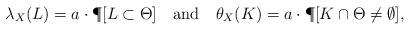
\begin{align*} \lambda_X(L) = a\cdot \P[ L \subset \Theta]\ \ \mbox{ and }\ \ \theta_X(K) = a\cdot \P[K\cap \Theta \not=\emptyset],\end{align*}